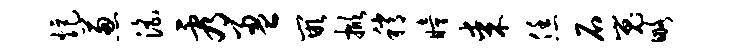
炬葱淫看盈嵌掀稍瞳某恁石嵬略